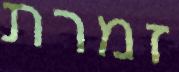
זמרת